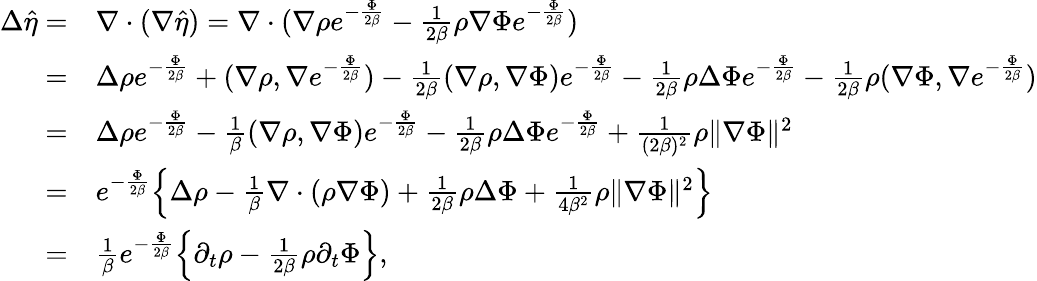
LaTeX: \begin{array}{rl}{\Delta\hat{\eta}=}&{\nabla\cdot(\nabla\hat{\eta})=\nabla\cdot(\nabla\rho e^{-\frac{\Phi}{2\beta}}-\frac{1}{2\beta}\rho\nabla\Phi e^{-\frac{\Phi}{2\beta}})}\\ {=}&{\Delta\rho e^{-\frac{\Phi}{2\beta}}+(\nabla\rho,\nabla e^{-\frac{\Phi}{2\beta}})-\frac{1}{2\beta}(\nabla\rho,\nabla\Phi)e^{-\frac{\Phi}{2\beta}}-\frac{1}{2\beta}\rho\Delta\Phi e^{-\frac{\Phi}{2\beta}}-\frac{1}{2\beta}\rho(\nabla\Phi,\nabla e^{-\frac{\Phi}{2\beta}})}\\ {=}&{\Delta\rho e^{-\frac{\Phi}{2\beta}}-\frac{1}{\beta}(\nabla\rho,\nabla\Phi)e^{-\frac{\Phi}{2\beta}}-\frac{1}{2\beta}\rho\Delta\Phi e^{-\frac{\Phi}{2\beta}}+\frac{1}{(2\beta)^{2}}\rho\| \nabla\Phi\| ^{2}}\\ {=}&{e^{-\frac{\Phi}{2\beta}}\Big\{ \Delta\rho-\frac{1}{\beta}\nabla\cdot(\rho\nabla\Phi)+\frac{1}{2\beta}\rho\Delta\Phi+\frac{1}{4\beta^{2}}\rho\| \nabla\Phi\| ^{2}\Big\} }\\ {=}&{\frac{1}{\beta}e^{-\frac{\Phi}{2\beta}}\Big\{ \partial_{t}\rho-\frac{1}{2\beta}\rho\partial_{t}\Phi\Big\} ,}\end{array}